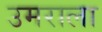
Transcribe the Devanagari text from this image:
उमराला